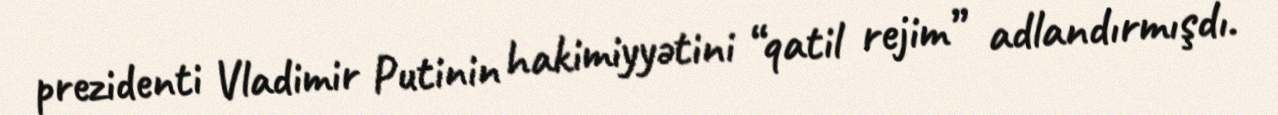
prezidenti Vladimir Putinin hakimiyyətini “qatil rejim” adlandırmışdı.